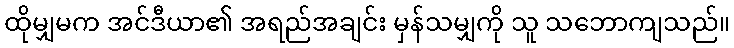
ထိုမျှမက အင်ဒီယာ၏ အရည်အချင်း မှန်သမျှကို သူ သဘောကျသည်။